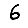
Digit: 6